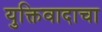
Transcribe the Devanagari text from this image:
युक्तिवादाचा